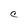
Character: C